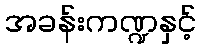
အခန်းကဏ္ဍနှင့်